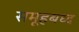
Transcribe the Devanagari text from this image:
समूहबध्द